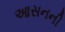
આસનની